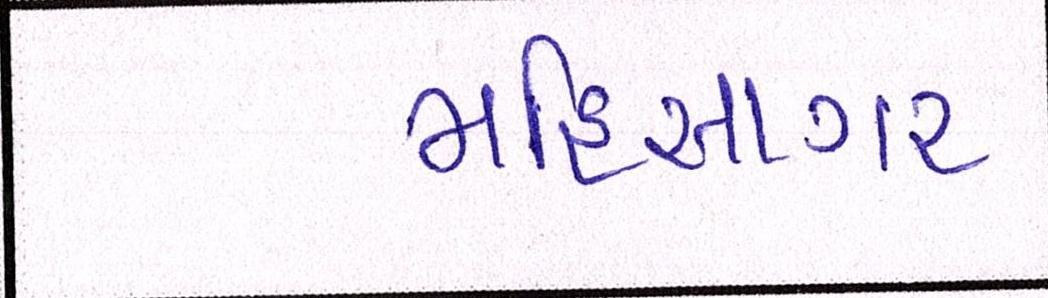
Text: મહિસાગર